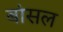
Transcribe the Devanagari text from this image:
बांसल